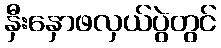
နှီးနှောဖလှယ်ပွဲတွင်